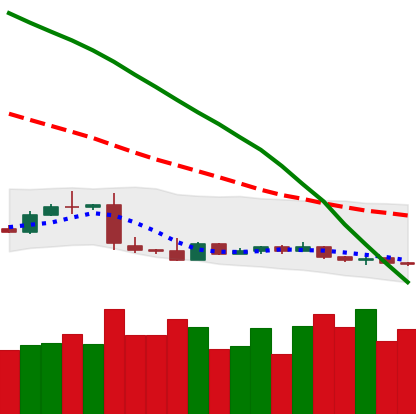
Ticker: XLM-USD
Chart end date: 2019-01-24
Forward return: -17.892%
Label: down_7plus